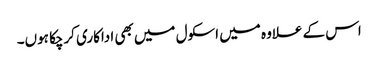
اس کے علاوہ میں اسکول میں بھی اداکاری کرچکا ہوں۔